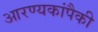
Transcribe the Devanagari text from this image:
आरण्यकांपैकी